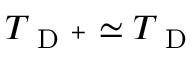
T _ { \mathrm { ~ D ~ } ^ { + } } \simeq T _ { \mathrm { ~ D ~ } }